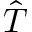
\hat { T }